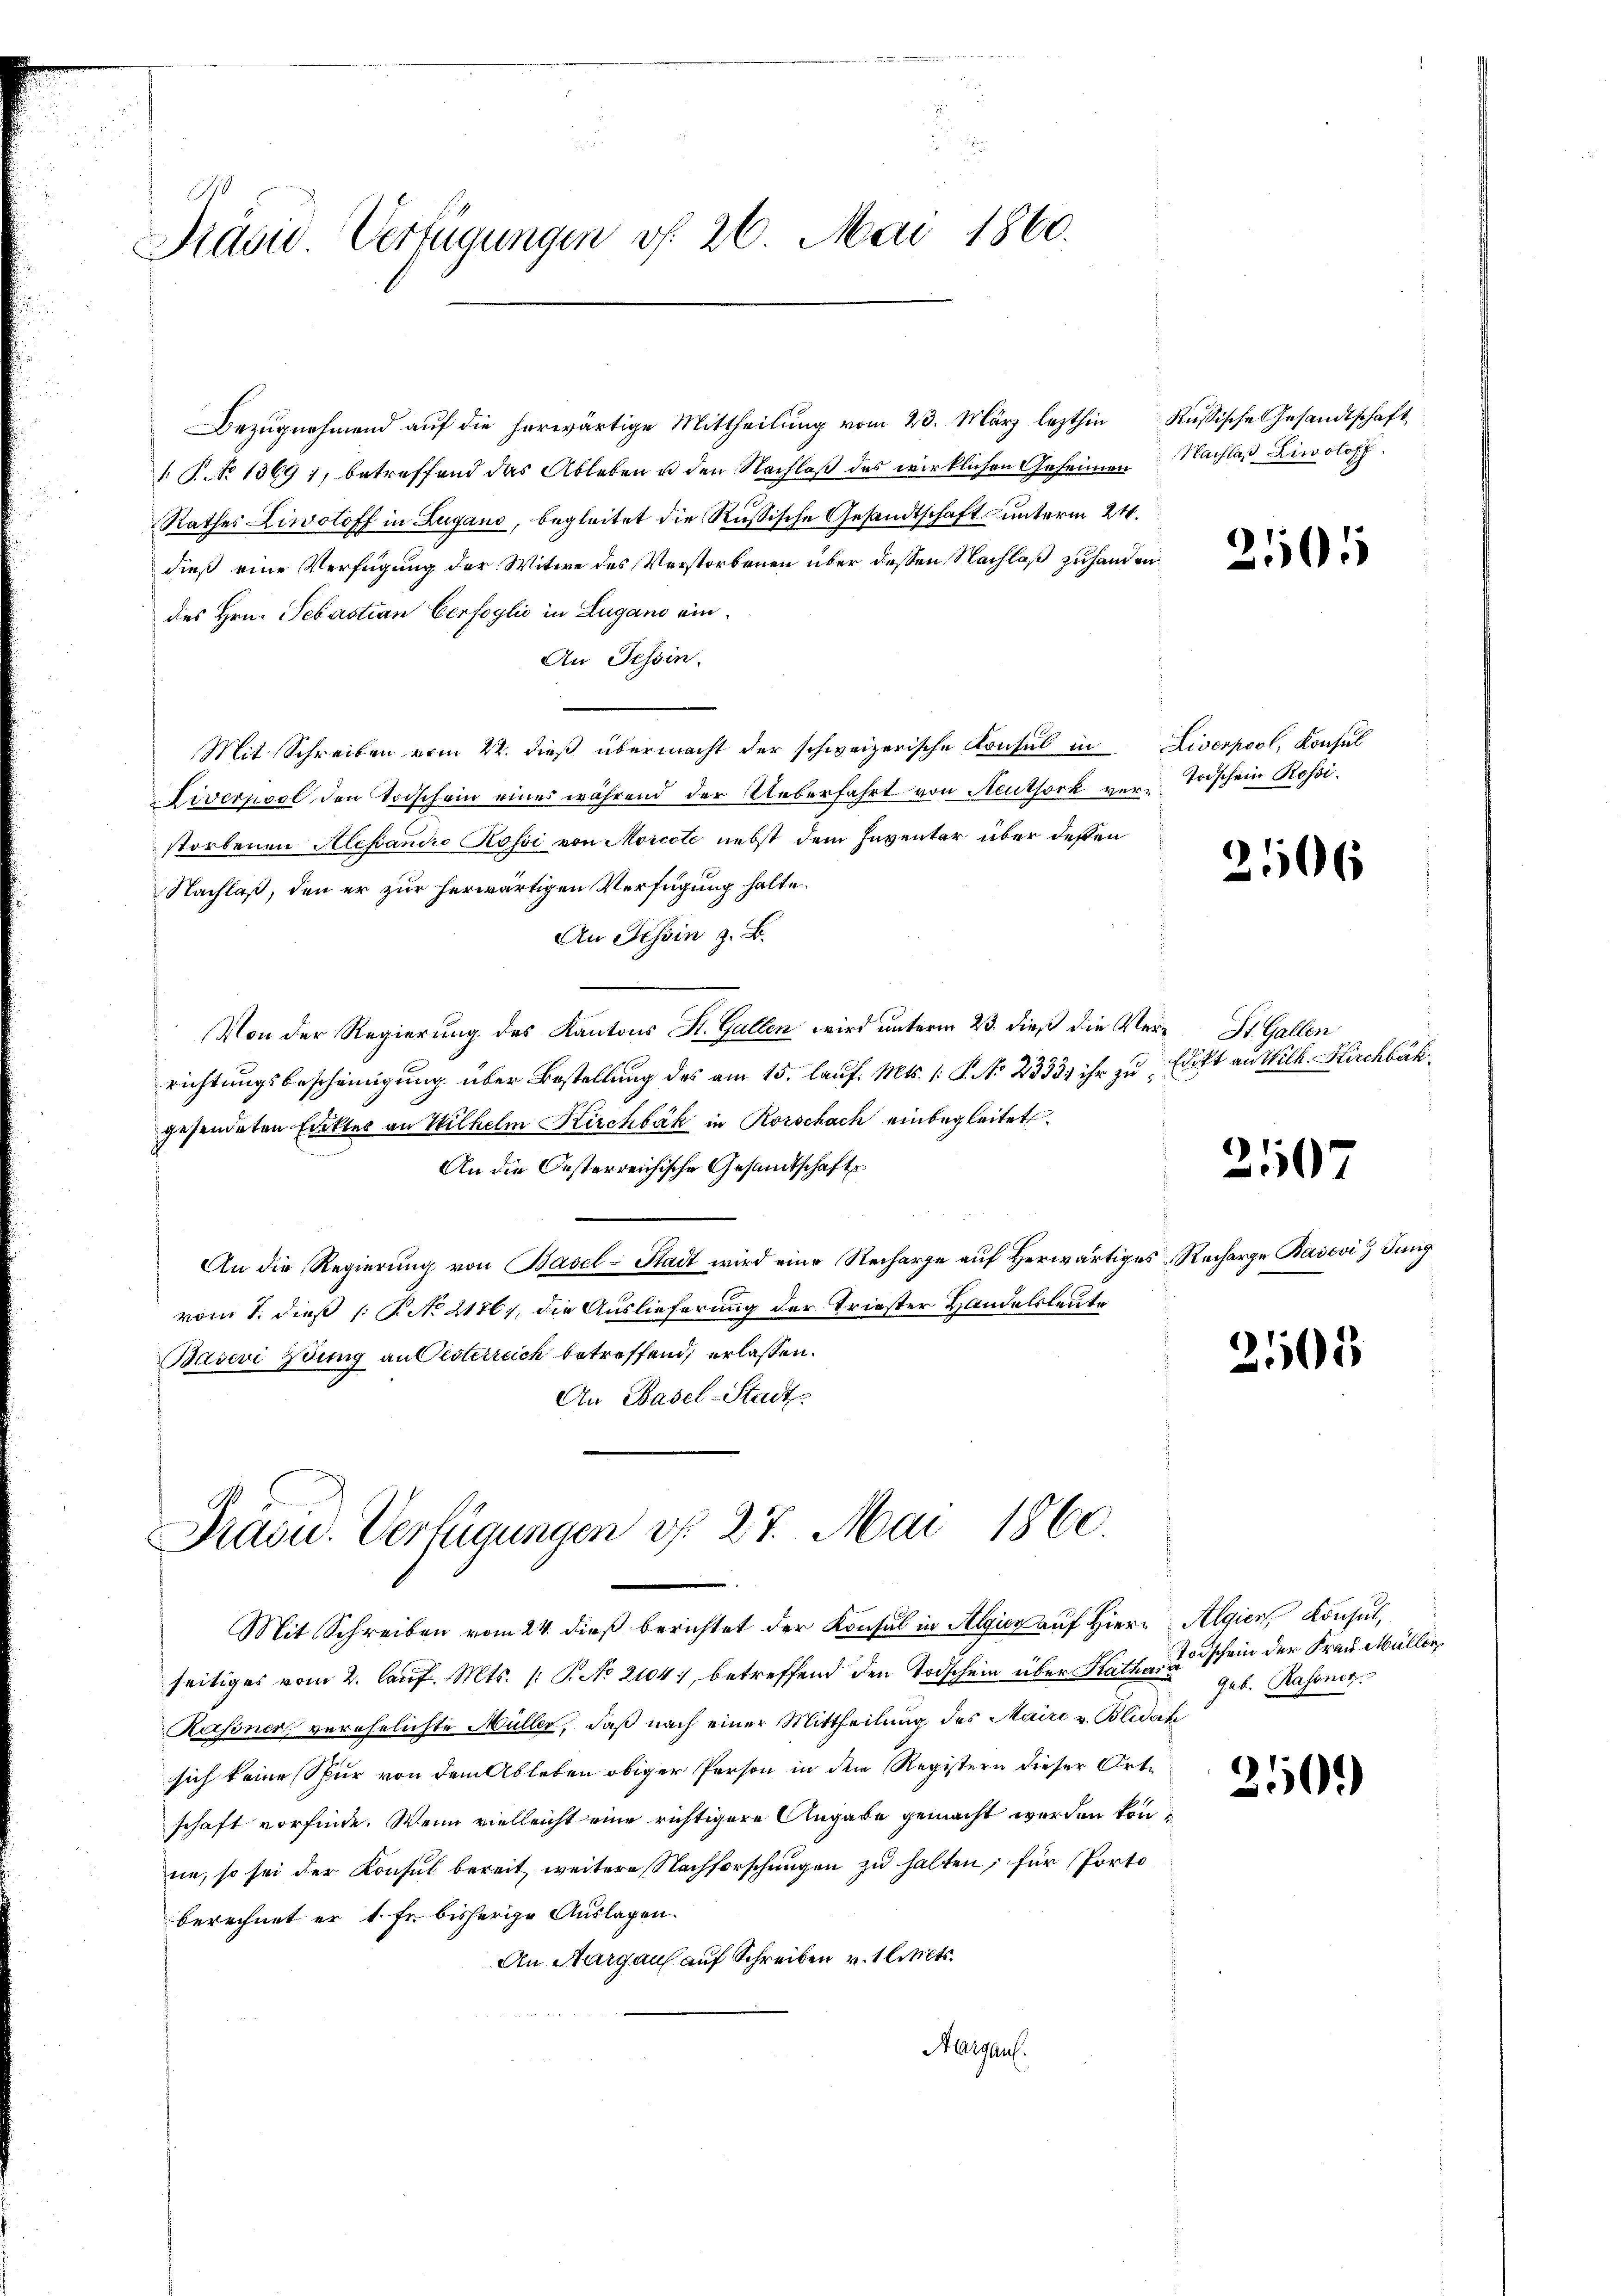
.
Prädie Verfügungen d. 26. Mai 1860.

dieß eine Verfügung der Witwe des Verstorbenen über dessen Nachlaß zuhanden.
des Hrn. Sebastian Cerfoglio in Lugano ein¬
An Tessin.
Mit Schreiben vom 22. dieß übermacht der schweizerische Konsul in Liverpool, Konsul
Liverpool den Todschein eines während der Ueberfahrt von Neuthork ver-Todschein Rossistorbenen Alessandro Rossi von Morcote nebst dem Inventar über dessen
Nachlaß, den er zur herwärtigen Verfügung halte.
An Tessin z. B.
Von der Regierung des Kantons St. Gallen wird unterm 23. dieß die Ver- St. Gallen
richtungsbescheinigung über Bestellung des am 15. lauf. Mts. (: P. No 2333. ihr zu Edikt an Wilh. Kirchbähgesendeten Ediktes an Wilhelm Kirchbák in Rorschach einbegleitet.
An die Oesterreichische Gesandtschafts
An die Regierung von Basel-Stadt wird eine Recharge auf Herwärtiges Recharge Badovi 9 Jung
vom 1. dieß P. No 21761, die Auslieferung der Triester Handelsleute
Basevi Zing an Pesterreich betreffend, erlassen.
An Basel-Stadt.

Bezŭgnehmend aŭf die herwärtige Mittheilŭng vom 23. März lezthin Russische Gesandtschaft
 P. 1369), betreffend das Ableben u den Nachlaß des wirklichen Geheimen
Rathes Liwoloff in Zugano, begleitet die Russische Gesandtschaft unterm 24.

Präcu. Verfügungen v. 27. Mai 1860.

Mit Schreiben vom 24. dieß berichtet der Konsul in Algien auf Hiern Algien Konsul,
seitiges vom 2. laŭf. Mts. /: P. No 2104. betreffend den Todschein über Kathar
Kasonen verehelichte Müller, daß nach einer Mittheilung des Maire v. Blidak
sich keine Spur von dem Ableben obiger Person in dem Registern dieser Ortschaft vorfinde. Wenn vielleicht eine richtigere Angabe gemacht werden könnne, so sei der Konsul bereit, weitere Nachforschungen zu halten; für Porto
berechnet er 1. Fr. bisherige Auslagen.
An Aargau auf Schreiben v. Mts.
Margau.

Nachlaß Liwoloff.

2505

2106

2507

2105

210

Todschein der Frau Müller
Gub. Rassner